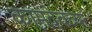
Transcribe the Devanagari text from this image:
कामदेवच्या